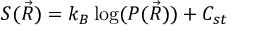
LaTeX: S ( { \vec { R } } ) = k _ { B } \log ( P ( { \vec { R } } ) ) + C _ { s t }